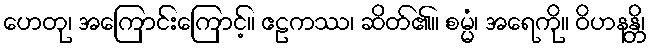
ဟေတု၊ အကြောင်းကြောင့်။ ဧဠကဿ၊ ဆိတ်၏။ စမ္မံ၊ အရေကို။ ဝိဟနန္တိ၊